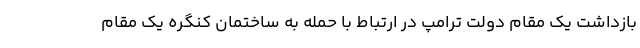
بازداشت یک مقام دولت ترامپ در ارتباط با حمله به ساختمان کنگره یک مقام